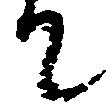
て